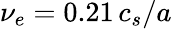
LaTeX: \nu_{e}=0.21\, c_{s}/a